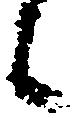
候